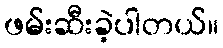
ဖမ်းဆီးခဲ့ပါတယ်။